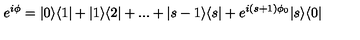
e ^ { i \phi } = | 0 \rangle \langle 1 | + | 1 \rangle \langle 2 | + . . . + | s - 1 \rangle \langle s | + e ^ { i ( s + 1 ) \phi _ { 0 } } | s \rangle \langle 0 |